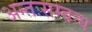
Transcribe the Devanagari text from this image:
अन्तःसम्बन्ध